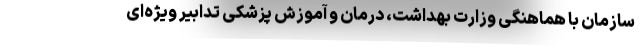
سازمان با هماهنگی وزارت بهداشت، درمان و آموزش پزشکی تدابیر ویژه‌ای